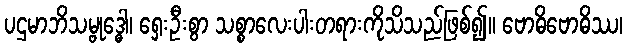
ပဌမာဘိသမ္ဗုဒ္ဓေါ၊ ရှေးဦးစွာ သစ္စာလေးပါးတရားကိုသိသည်ဖြစ်၍။ ဗောဓိဗောဓိဿ၊